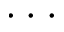
\cdot \cdot \cdot